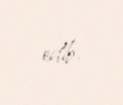
edib.